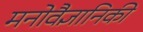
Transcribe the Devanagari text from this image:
मनोवैज्ञानिकी